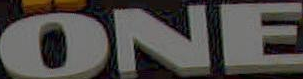
ONE